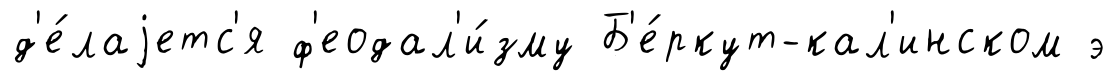
д'е́лаjетс'я ф'еодал'и́зму Б'е́ркут-кал'инском э